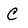
Character: C